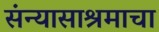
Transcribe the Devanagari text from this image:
संन्यासाश्रमाचा